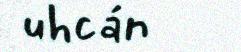
uhcán